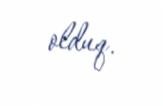
olduq.